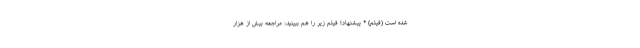
شده است (فیلم) * پیشنهاد؛ فیلم‌ زیر را هم ببینید: مراجعه بیش از هزار